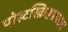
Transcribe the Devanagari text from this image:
पोस्टस्क्रिप्टफ़ाइल